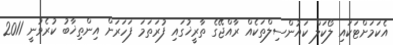
އެކަމަށްޓަކައި ލޯކަލް ކައުންސިލްތަކެއް ރާއްޖޭގެ ތާރީޚުގައި ފުރަތަމަ ފަހަރަށް އިންތިޚާބު ކުރެވުނީ 2011